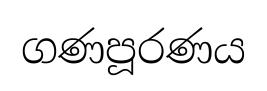
ගණපූරණය